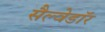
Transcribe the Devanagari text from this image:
सैल्वेडॉर